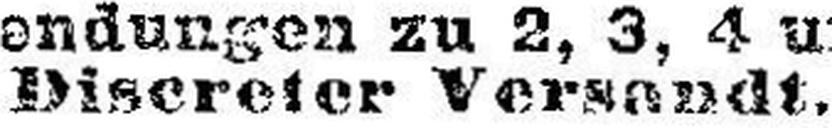
Discreter Versandt.